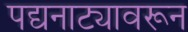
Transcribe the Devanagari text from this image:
पद्यनाट्यावरून